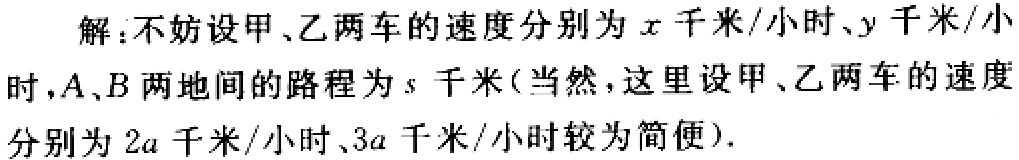
解：不妨设甲、乙两车的速度分别为\(x\)千米/小时、\(y\)千米/小时，\(A\)、\(B\)两地间的路程为\(s\)千米(当然，这里设甲、乙两车的速度分别为\(2a\)千米/小时、\(3a\)千米/小时较为简便).